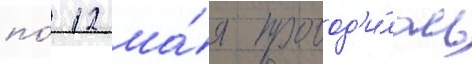
по́ 12 ма́я провод'и́лась